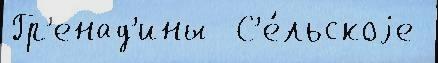
Гр'енад'ины  С'е́льскоjе